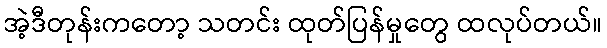
အဲ့ဒီတုန်းကတော့ သတင်း ထုတ်ပြန်မှုတွေ ထလုပ်တယ်။